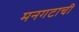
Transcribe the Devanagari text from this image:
मनगटाची